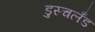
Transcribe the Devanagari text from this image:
डुस्चलँड